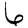
Digit: 6